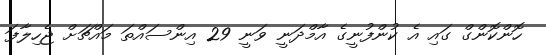
ހޮންކޮންގް ގައި އެ ކުންފުނީގެ އާމްދަނީ ވަނީ 29 އިންސައްތަ މައްޗަށް ޖެހިލާފަ